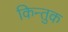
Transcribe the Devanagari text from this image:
किन्तुक